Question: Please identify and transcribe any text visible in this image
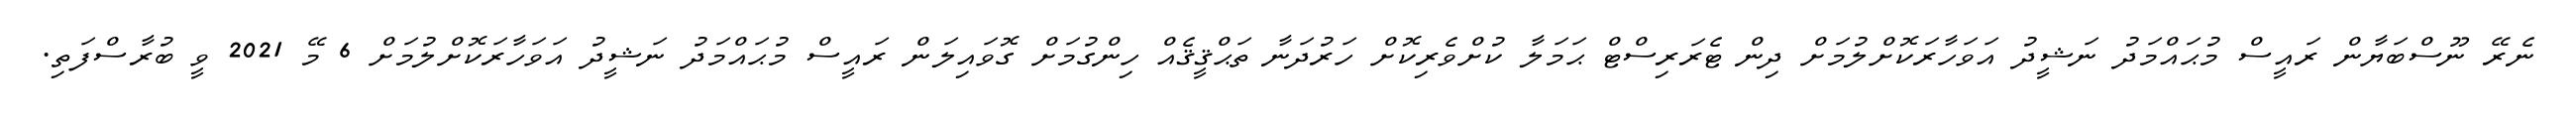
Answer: ނެރޭ ނޫސްބަޔާން ރައީސް މުޙައްމަދު ނަޝީދު އަވަހާރަކޮށްލުމަށް ދިން ޓެރަރިސްޓް ޙަމަލާ ކުށްވެރިކޮށް ހަރުދަނާ ތަޙްޤީޤެއް ހިންގުމަށް ގޮވައިލަން ރައީސް މުޙައްމަދު ނަޝީދު އަވަހާރަކޮށްލުމަށް 6 މޭ 2021 ވީ ބުރާސްފަތި.